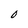
Character: O